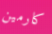
كارمين